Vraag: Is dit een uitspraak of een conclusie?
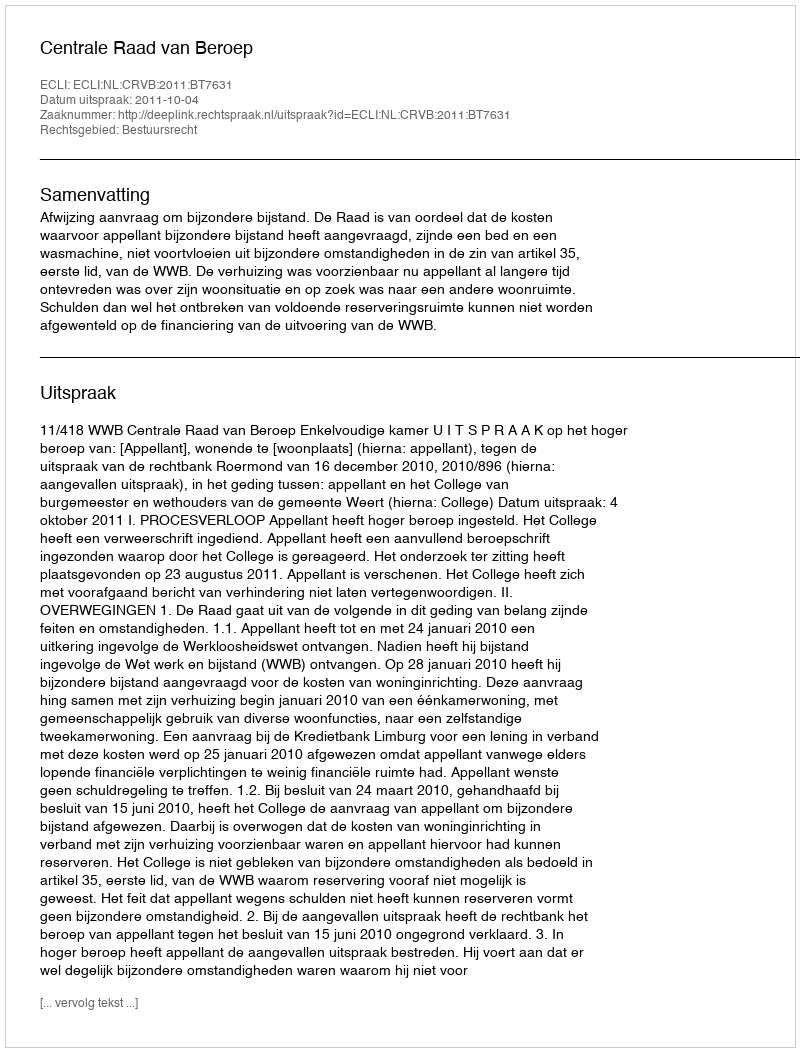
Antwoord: Uitspraak